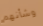
وشأنهم